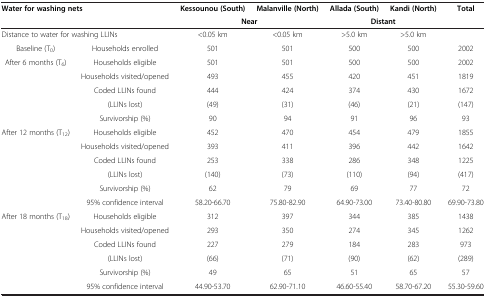
<table><thead><tr><td colspan="2"><b>Water for washing nets</b></td><td><b>Kessounou (South)</b></td><td><b>Malanville (North)</b></td><td><b>Allada (South)</b></td><td><b>Kandi (North)</b></td><td><b>Total</b></td></tr><tr><td colspan="2"><b> </b></td><td colspan="2"><b>Near</b></td><td colspan="2"><b>Distant</b></td><td><b> </b></td></tr></thead><tbody><tr><td colspan="2">Distance to water for washing LLINs</td><td>&lt;0.05 km</td><td>&lt;0.05 km</td><td>&gt;5.0 km</td><td>&gt;5.0 km</td><td> </td></tr><tr><td>Baseline (T<sub>0</sub>)</td><td>Households enrolled</td><td>501</td><td>501</td><td>500</td><td>500</td><td>2002</td></tr><tr><td rowspan="5">After 6 months (T<sub>6</sub>)</td><td>Households eligible</td><td>501</td><td>501</td><td>500</td><td>500</td><td>2002</td></tr><tr><td>Households visited/opened</td><td>493</td><td>455</td><td>420</td><td>451</td><td>1819</td></tr><tr><td>Coded LLINs found</td><td>444</td><td>424</td><td>374</td><td>430</td><td>1672</td></tr><tr><td>(LLINs lost)</td><td>(49)</td><td>(31)</td><td>(46)</td><td>(21)</td><td>(147)</td></tr><tr><td>Survivorship (%)</td><td>90</td><td>94</td><td>91</td><td>96</td><td>93</td></tr><tr><td rowspan="6">After 12 months (T<sub>12</sub>)</td><td>Households eligible</td><td>452</td><td>470</td><td>454</td><td>479</td><td>1855</td></tr><tr><td>Households visited/opened</td><td>393</td><td>411</td><td>396</td><td>442</td><td>1642</td></tr><tr><td>Coded LLINs found</td><td>253</td><td>338</td><td>286</td><td>348</td><td>1225</td></tr><tr><td>(LLINs lost)</td><td>(140)</td><td>(73)</td><td>(110)</td><td>(94)</td><td>(417)</td></tr><tr><td>Survivorship (%)</td><td>62</td><td>79</td><td>69</td><td>77</td><td>72</td></tr><tr><td>95% confidence interval</td><td>58.20-66.70</td><td>75.80-82.90</td><td>64.90-73.00</td><td>73.40-80.80</td><td>69.90-73.80</td></tr><tr><td rowspan="5">After 18 months (T<sub>18</sub>)</td><td>Households eligible</td><td>312</td><td>397</td><td>344</td><td>385</td><td>1438</td></tr><tr><td>Households visited/opened</td><td>293</td><td>350</td><td>274</td><td>345</td><td>1262</td></tr><tr><td>Coded LLINs found</td><td>227</td><td>279</td><td>184</td><td>283</td><td>973</td></tr><tr><td>(LLINs lost)</td><td>(66)</td><td>(71)</td><td>(90)</td><td>(62)</td><td>(289)</td></tr><tr><td>Survivorship (%)</td><td>49</td><td>65</td><td>51</td><td>65</td><td>57</td></tr><tr><td> </td><td>95% confidence interval</td><td>44.90-53.70</td><td>62.90-71.10</td><td>46.60-55.40</td><td>58.70-67.20</td><td>55.30-59.60</td></tr></tbody></table>